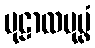
မုဠာလပုပ္ဖံ